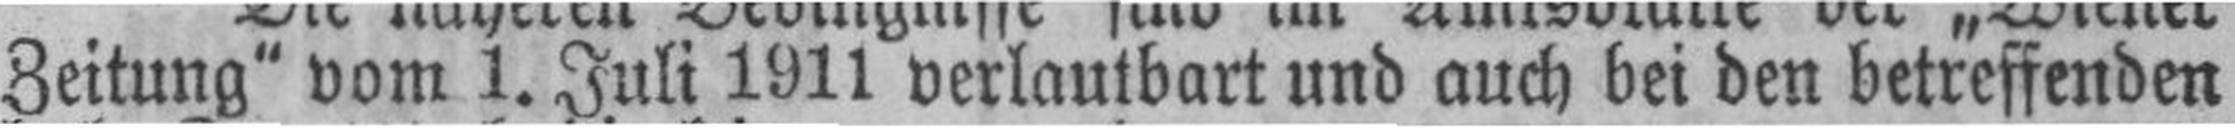
Zeitung“ vom 1. Juli 1911 verlautbart und auch bei den betreffenden